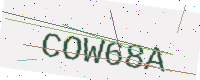
Text: COW68A